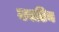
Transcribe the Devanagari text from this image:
क्यटिन